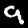
Label: 9